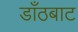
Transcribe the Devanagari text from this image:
डाँठबाट